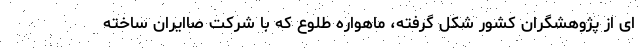
ای از پژوهشگران کشور شکل گرفته، ماهواره طلوع که با شرکت صاایران ساخته